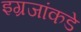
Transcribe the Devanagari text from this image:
इग्रजांकडे